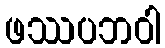
ဖဿပဘဝါ